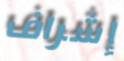
إشراف